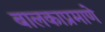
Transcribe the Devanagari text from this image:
बालकाप्रमाणे